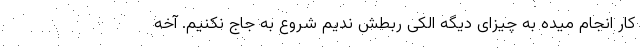
کار انجام میده به چیزای دیگه الکی ربطش ندیم شروع به جاج نکنیم. آخه